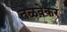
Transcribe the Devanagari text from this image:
तळवेकर